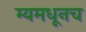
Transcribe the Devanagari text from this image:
म्यमधूनच